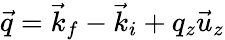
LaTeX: \vec{q}=\vec{k}_{f}-\vec{k}_{i}+q_{z}\vec{u}_{z}